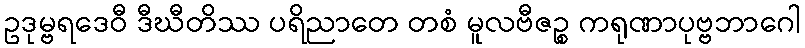
ဥဒုမ္ဗရဒေဝီ ဒီဃီတိဿ ပရိညာတေ တစံ မူလဗီဇဉ္စ ကရုဏာပုဗ္ဗဘာဂေါ